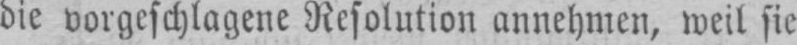
die vorgeschlagene Resolution annehmen, weil sie